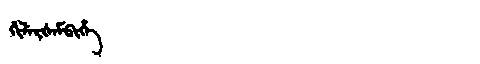
Manchu: ᡤᡳᠯᡝᡵᡧᡝᠮᠪᡳᡥᡝ
Romanization: GILERŠEMBIHE